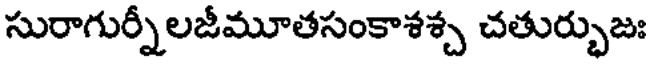
సురాగుర్నీలజీమూతసంకాశశ్చ చతుర్భుజః